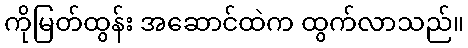
ကိုမြတ်ထွန်း အဆောင်ထဲက ထွက်လာသည်။